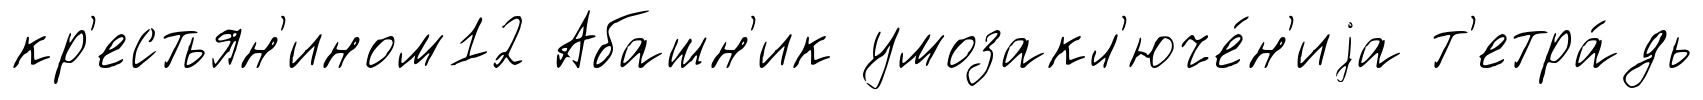
кр'естьян'ином12 Абашн'ик умозакл'юче́н'иjа т'етра́дь